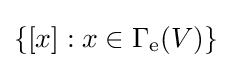
\textstyle \{[x]:x\in \Gamma _{\mathrm {e} }(V)\}